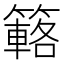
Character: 簵